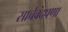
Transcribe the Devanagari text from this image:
साचेबंदपणा